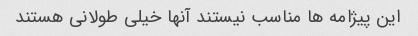
این پیژامه ها مناسب نیستند آنها خیلی طولانی هستند